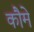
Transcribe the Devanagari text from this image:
कौमे